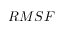
R M S F